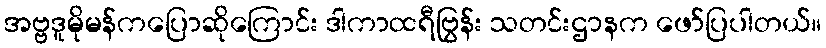
အဗ္ဗဒူမိုမန်ကပြောဆိုကြောင်း ဒါကာထရီဗြွန်း သတင်းဌာနက ဖော်ပြပါတယ်။